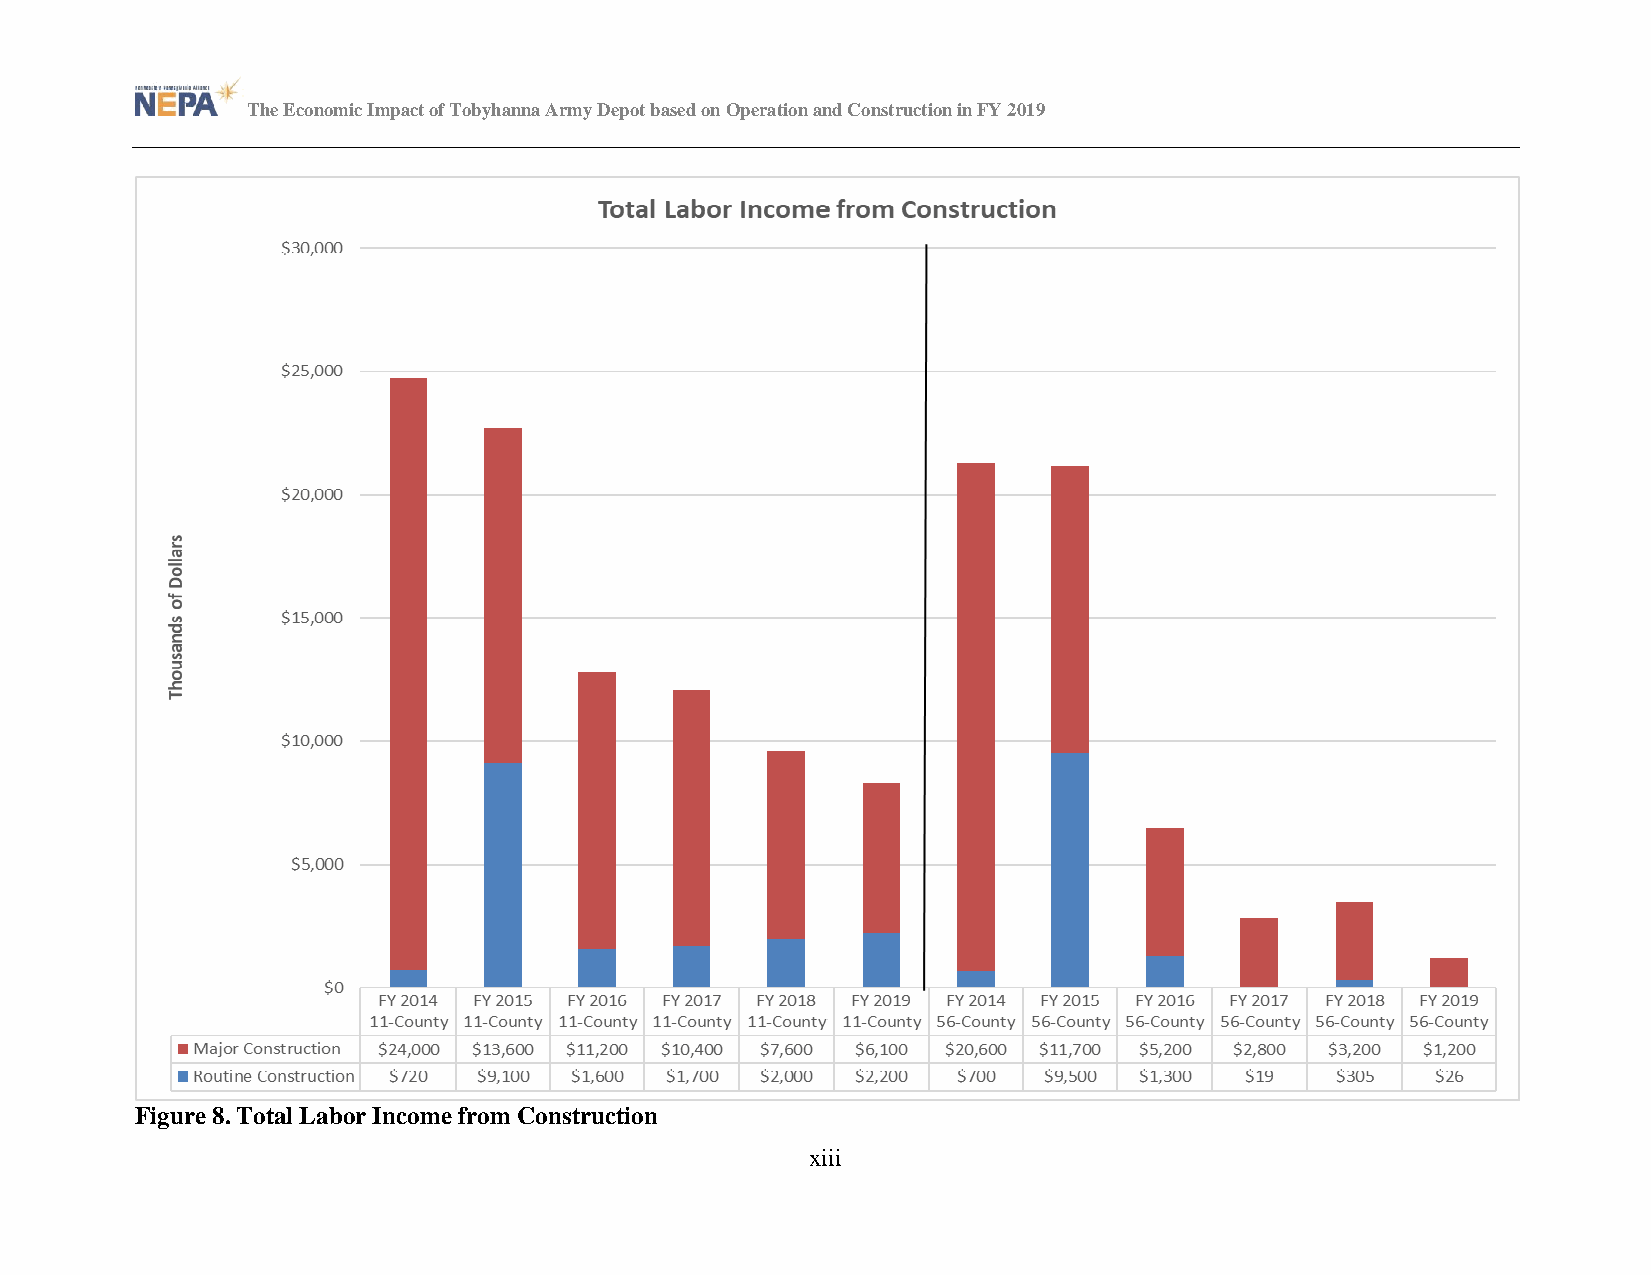
The Economic Impact of Tobyhanna Army Depot based on Operation and Construction in FY 2019
 Figure 8. Total Labor Income from Construction
 xiii